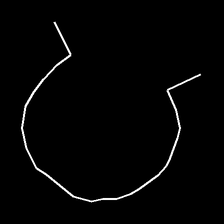
Glyph: weave